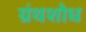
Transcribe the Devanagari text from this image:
ग्रंथशोध